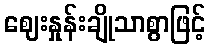
ဈေးနှုန်းချိုသာစွာဖြင့်